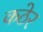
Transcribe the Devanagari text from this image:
कठेर